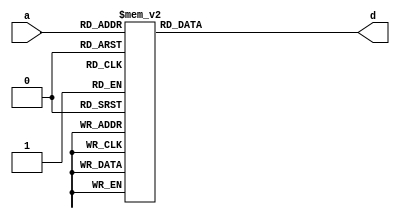
module aes_tbox_r(a,d);
input	[7:0]	a;
output reg [31:0] d;

always @(a)
	case(a)
		8'h00: d= 32'b01010001010100001010011111110100;
		8'h01: d= 32'b01111110010100110110010101000001;
		8'h02: d= 32'b00011010110000111010010000010111;
		8'h03: d= 32'b00111010100101100101111000100111;
		8'h04: d= 32'b00111011110010110110101110101011;
		8'h05: d= 32'b00011111111100010100010110011101;
		8'h06: d= 32'b10101100101010110101100011111010;
		8'h07: d= 32'b01001011100100110000001111100011;
		8'h08: d= 32'b00100000010101011111101000110000;
		8'h09: d= 32'b10101101111101100110110101110110;
		8'h0a: d= 32'b10001000100100010111011011001100;
		8'h0b: d= 32'b11110101001001010100110000000010;
		8'h0c: d= 32'b01001111111111001101011111100101;
		8'h0d: d= 32'b11000101110101111100101100101010;
		8'h0e: d= 32'b00100110100000000100010000110101;
		8'h0f: d= 32'b10110101100011111010001101100010;
		8'h10: d= 32'b11011110010010010101101010110001;
		8'h11: d= 32'b00100101011001110001101110111010;
		8'h12: d= 32'b01000101100110000000111011101010;
		8'h13: d= 32'b01011101111000011100000011111110;
		8'h14: d= 32'b11000011000000100111010100101111;
		8'h15: d= 32'b10000001000100101111000001001100;
		8'h16: d= 32'b10001101101000111001011101000110;
		8'h17: d= 32'b01101011110001101111100111010011;
		8'h18: d= 32'b00000011111001110101111110001111;
		8'h19: d= 32'b00010101100101011001110010010010;
		8'h1a: d= 32'b10111111111010110111101001101101;
		8'h1b: d= 32'b10010101110110100101100101010010;
		8'h1c: d= 32'b11010100001011011000001110111110;
		8'h1d: d= 32'b01011000110100110010000101110100;
		8'h1e: d= 32'b01001001001010010110100111100000;
		8'h1f: d= 32'b10001110010001001100100011001001;
		8'h20: d= 32'b01110101011010101000100111000010;
		8'h21: d= 32'b11110100011110000111100110001110;
		8'h22: d= 32'b10011001011010110011111001011000;
		8'h23: d= 32'b00100111110111010111000110111001;
		8'h24: d= 32'b10111110101101100100111111100001;
		8'h25: d= 32'b11110000000101111010110110001000;
		8'h26: d= 32'b11001001011001101010110000100000;
		8'h27: d= 32'b01111101101101000011101011001110;
		8'h28: d= 32'b01100011000110000100101011011111;
		8'h29: d= 32'b11100101100000100011000100011010;
		8'h2a: d= 32'b10010111011000000011001101010001;
		8'h2b: d= 32'b01100010010001010111111101010011;
		8'h2c: d= 32'b10110001111000000111011101100100;
		8'h2d: d= 32'b10111011100001001010111001101011;
		8'h2e: d= 32'b11111110000111001010000010000001;
		8'h2f: d= 32'b11111001100101000010101100001000;
		8'h30: d= 32'b01110000010110000110100001001000;
		8'h31: d= 32'b10001111000110011111110101000101;
		8'h32: d= 32'b10010100100001110110110011011110;
		8'h33: d= 32'b01010010101101111111100001111011;
		8'h34: d= 32'b10101011001000111101001101110011;
		8'h35: d= 32'b01110010111000100000001001001011;
		8'h36: d= 32'b11100011010101111000111100011111;
		8'h37: d= 32'b01100110001010101010101101010101;
		8'h38: d= 32'b10110010000001110010100011101011;
		8'h39: d= 32'b00101111000000111100001010110101;
		8'h3a: d= 32'b10000110100110100111101111000101;
		8'h3b: d= 32'b11010011101001010000100000110111;
		8'h3c: d= 32'b00110000111100101000011100101000;
		8'h3d: d= 32'b00100011101100101010010110111111;
		8'h3e: d= 32'b00000010101110100110101000000011;
		8'h3f: d= 32'b11101101010111001000001000010110;
		8'h40: d= 32'b10001010001010110001110011001111;
		8'h41: d= 32'b10100111100100101011010001111001;
		8'h42: d= 32'b11110011111100001111001000000111;
		8'h43: d= 32'b01001110101000011110001001101001;
		8'h44: d= 32'b01100101110011011111010011011010;
		8'h45: d= 32'b00000110110101011011111000000101;
		8'h46: d= 32'b11010001000111110110001000110100;
		8'h47: d= 32'b11000100100010101111111010100110;
		8'h48: d= 32'b00110100100111010101001100101110;
		8'h49: d= 32'b10100010101000000101010111110011;
		8'h4a: d= 32'b00000101001100101110000110001010;
		8'h4b: d= 32'b10100100011101011110101111110110;
		8'h4c: d= 32'b00001011001110011110110010000011;
		8'h4d: d= 32'b01000000101010101110111101100000;
		8'h4e: d= 32'b01011110000001101001111101110001;
		8'h4f: d= 32'b10111101010100010001000001101110;
		8'h50: d= 32'b00111110111110011000101000100001;
		8'h51: d= 32'b10010110001111010000011011011101;
		8'h52: d= 32'b11011101101011100000010100111110;
		8'h53: d= 32'b01001101010001101011110111100110;
		8'h54: d= 32'b10010001101101011000110101010100;
		8'h55: d= 32'b01110001000001010101110111000100;
		8'h56: d= 32'b00000100011011111101010000000110;
		8'h57: d= 32'b01100000111111110001010101010000;
		8'h58: d= 32'b00011001001001001111101110011000;
		8'h59: d= 32'b11010110100101111110100110111101;
		8'h5a: d= 32'b10001001110011000100001101000000;
		8'h5b: d= 32'b01100111011101111001111011011001;
		8'h5c: d= 32'b10110000101111010100001011101000;
		8'h5d: d= 32'b00000111100010001000101110001001;
		8'h5e: d= 32'b11100111001110000101101100011001;
		8'h5f: d= 32'b01111001110110111110111011001000;
		8'h60: d= 32'b10100001010001110000101001111100;
		8'h61: d= 32'b01111100111010010000111101000010;
		8'h62: d= 32'b11111000110010010001111010000100;
		8'h63: d= 32'b00000000000000000000000000000000;
		8'h64: d= 32'b00001001100000111000011010000000;
		8'h65: d= 32'b00110010010010001110110100101011;
		8'h66: d= 32'b00011110101011000111000000010001;
		8'h67: d= 32'b01101100010011100111001001011010;
		8'h68: d= 32'b11111101111110111111111100001110;
		8'h69: d= 32'b00001111010101100011100010000101;
		8'h6a: d= 32'b00111101000111101101010110101110;
		8'h6b: d= 32'b00110110001001110011100100101101;
		8'h6c: d= 32'b00001010011001001101100100001111;
		8'h6d: d= 32'b01101000001000011010011001011100;
		8'h6e: d= 32'b10011011110100010101010001011011;
		8'h6f: d= 32'b00100100001110100010111000110110;
		8'h70: d= 32'b00001100101100010110011100001010;
		8'h71: d= 32'b10010011000011111110011101010111;
		8'h72: d= 32'b10110100110100101001011011101110;
		8'h73: d= 32'b00011011100111101001000110011011;
		8'h74: d= 32'b10000000010011111100010111000000;
		8'h75: d= 32'b01100001101000100010000011011100;
		8'h76: d= 32'b01011010011010010100101101110111;
		8'h77: d= 32'b00011100000101100001101000010010;
		8'h78: d= 32'b11100010000010101011101010010011;
		8'h79: d= 32'b11000000111001010010101010100000;
		8'h7a: d= 32'b00111100010000111110000000100010;
		8'h7b: d= 32'b00010010000111010001011100011011;
		8'h7c: d= 32'b00001110000010110000110100001001;
		8'h7d: d= 32'b11110010101011011100011110001011;
		8'h7e: d= 32'b00101101101110011010100010110110;
		8'h7f: d= 32'b00010100110010001010100100011110;
		8'h80: d= 32'b01010111100001010001100111110001;
		8'h81: d= 32'b10101111010011000000011101110101;
		8'h82: d= 32'b11101110101110111101110110011001;
		8'h83: d= 32'b10100011111111010110000001111111;
		8'h84: d= 32'b11110111100111110010011000000001;
		8'h85: d= 32'b01011100101111001111010101110010;
		8'h86: d= 32'b01000100110001010011101101100110;
		8'h87: d= 32'b01011011001101000111111011111011;
		8'h88: d= 32'b10001011011101100010100101000011;
		8'h89: d= 32'b11001011110111001100011000100011;
		8'h8a: d= 32'b10110110011010001111110011101101;
		8'h8b: d= 32'b10111000011000111111000111100100;
		8'h8c: d= 32'b11010111110010101101110000110001;
		8'h8d: d= 32'b01000010000100001000010101100011;
		8'h8e: d= 32'b00010011010000000010001010010111;
		8'h8f: d= 32'b10000100001000000001000111000110;
		8'h90: d= 32'b10000101011111010010010001001010;
		8'h91: d= 32'b11010010111110000011110110111011;
		8'h92: d= 32'b10101110000100010011001011111001;
		8'h93: d= 32'b11000111011011011010000100101001;
		8'h94: d= 32'b00011101010010110010111110011110;
		8'h95: d= 32'b11011100111100110011000010110010;
		8'h96: d= 32'b00001101111011000101001010000110;
		8'h97: d= 32'b01110111110100001110001111000001;
		8'h98: d= 32'b00101011011011000001011010110011;
		8'h99: d= 32'b10101001100110011011100101110000;
		8'h9a: d= 32'b00010001111110100100100010010100;
		8'h9b: d= 32'b01000111001000100110010011101001;
		8'h9c: d= 32'b10101000110001001000110011111100;
		8'h9d: d= 32'b10100000000110100011111111110000;
		8'h9e: d= 32'b01010110110110000010110001111101;
		8'h9f: d= 32'b00100010111011111001000000110011;
		8'ha0: d= 32'b10000111110001110100111001001001;
		8'ha1: d= 32'b11011001110000011101000100111000;
		8'ha2: d= 32'b10001100111111101010001011001010;
		8'ha3: d= 32'b10011000001101100000101111010100;
		8'ha4: d= 32'b10100110110011111000000111110101;
		8'ha5: d= 32'b10100101001010001101111001111010;
		8'ha6: d= 32'b11011010001001101000111010110111;
		8'ha7: d= 32'b00111111101001001011111110101101;
		8'ha8: d= 32'b00101100111001001001110100111010;
		8'ha9: d= 32'b01010000000011011001001001111000;
		8'haa: d= 32'b01101010100110111100110001011111;
		8'hab: d= 32'b01010100011000100100011001111110;
		8'hac: d= 32'b11110110110000100001001110001101;
		8'had: d= 32'b10010000111010001011100011011000;
		8'hae: d= 32'b00101110010111101111011100111001;
		8'haf: d= 32'b10000010111101011010111111000011;
		8'hb0: d= 32'b10011111101111101000000001011101;
		8'hb1: d= 32'b01101001011111001001001111010000;
		8'hb2: d= 32'b01101111101010010010110111010101;
		8'hb3: d= 32'b11001111101100110001001000100101;
		8'hb4: d= 32'b11001000001110111001100110101100;
		8'hb5: d= 32'b00010000101001110111110100011000;
		8'hb6: d= 32'b11101000011011100110001110011100;
		8'hb7: d= 32'b11011011011110111011101100111011;
		8'hb8: d= 32'b11001101000010010111100000100110;
		8'hb9: d= 32'b01101110111101000001100001011001;
		8'hba: d= 32'b11101100000000011011011110011010;
		8'hbb: d= 32'b10000011101010001001101001001111;
		8'hbc: d= 32'b11100110011001010110111010010101;
		8'hbd: d= 32'b10101010011111101110011011111111;
		8'hbe: d= 32'b00100001000010001100111110111100;
		8'hbf: d= 32'b11101111111001101110100000010101;
		8'hc0: d= 32'b10111010110110011001101111100111;
		8'hc1: d= 32'b01001010110011100011011001101111;
		8'hc2: d= 32'b11101010110101000000100110011111;
		8'hc3: d= 32'b00101001110101100111110010110000;
		8'hc4: d= 32'b00110001101011111011001010100100;
		8'hc5: d= 32'b00101010001100010010001100111111;
		8'hc6: d= 32'b11000110001100001001010010100101;
		8'hc7: d= 32'b00110101110000000110011010100010;
		8'hc8: d= 32'b01110100001101111011110001001110;
		8'hc9: d= 32'b11111100101001101100101010000010;
		8'hca: d= 32'b11100000101100001101000010010000;
		8'hcb: d= 32'b00110011000101011101100010100111;
		8'hcc: d= 32'b11110001010010101001100000000100;
		8'hcd: d= 32'b01000001111101111101101011101100;
		8'hce: d= 32'b01111111000011100101000011001101;
		8'hcf: d= 32'b00010111001011111111011010010001;
		8'hd0: d= 32'b01110110100011011101011001001101;
		8'hd1: d= 32'b01000011010011011011000011101111;
		8'hd2: d= 32'b11001100010101000100110110101010;
		8'hd3: d= 32'b11100100110111110000010010010110;
		8'hd4: d= 32'b10011110111000111011010111010001;
		8'hd5: d= 32'b01001100000110111000100001101010;
		8'hd6: d= 32'b11000001101110000001111100101100;
		8'hd7: d= 32'b01000110011111110101000101100101;
		8'hd8: d= 32'b10011101000001001110101001011110;
		8'hd9: d= 32'b00000001010111010011010110001100;
		8'hda: d= 32'b11111010011100110111010010000111;
		8'hdb: d= 32'b11111011001011100100000100001011;
		8'hdc: d= 32'b10110011010110100001110101100111;
		8'hdd: d= 32'b10010010010100101101001011011011;
		8'hde: d= 32'b11101001001100110101011000010000;
		8'hdf: d= 32'b01101101000100110100011111010110;
		8'he0: d= 32'b10011010100011000110000111010111;
		8'he1: d= 32'b00110111011110100000110010100001;
		8'he2: d= 32'b01011001100011100001010011111000;
		8'he3: d= 32'b11101011100010010011110000010011;
		8'he4: d= 32'b11001110111011100010011110101001;
		8'he5: d= 32'b10110111001101011100100101100001;
		8'he6: d= 32'b11100001111011011110010100011100;
		8'he7: d= 32'b01111010001111001011000101000111;
		8'he8: d= 32'b10011100010110011101111111010010;
		8'he9: d= 32'b01010101001111110111001111110010;
		8'hea: d= 32'b00011000011110011100111000010100;
		8'heb: d= 32'b01110011101111110011011111000111;
		8'hec: d= 32'b01010011111010101100110111110111;
		8'hed: d= 32'b01011111010110111010101011111101;
		8'hee: d= 32'b11011111000101000110111100111101;
		8'hef: d= 32'b01111000100001101101101101000100;
		8'hf0: d= 32'b11001010100000011111001110101111;
		8'hf1: d= 32'b10111001001111101100010001101000;
		8'hf2: d= 32'b00111000001011000011010000100100;
		8'hf3: d= 32'b11000010010111110100000010100011;
		8'hf4: d= 32'b00010110011100101100001100011101;
		8'hf5: d= 32'b10111100000011000010010111100010;
		8'hf6: d= 32'b00101000100010110100100100111100;
		8'hf7: d= 32'b11111111010000011001010100001101;
		8'hf8: d= 32'b00111001011100010000000110101000;
		8'hf9: d= 32'b00001000110111101011001100001100;
		8'hfa: d= 32'b11011000100111001110010010110100;
		8'hfb: d= 32'b01100100100100001100000101010110;
		8'hfc: d= 32'b01111011011000011000010011001011;
		8'hfd: d= 32'b11010101011100001011011000110010;
		8'hfe: d= 32'b01001000011101000101110001101100;
		8'hff: d= 32'b11010000010000100101011110111000;
	endcase

endmodule